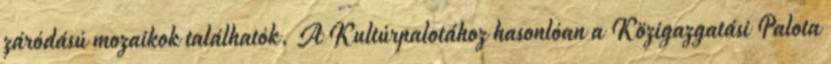
záródású mozaikok találhatók. A Kultúrpalotához hasonlóan a Közigazgatási Palota